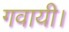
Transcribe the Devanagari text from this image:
गवायी।